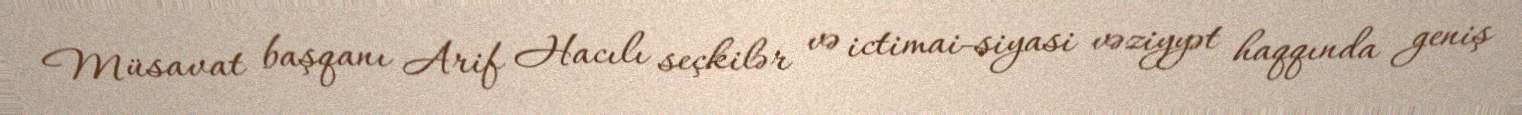
Müsavat başqanı Arif Hacılı seçkilər və ictimai-siyasi vəziyyət haqqında geniş